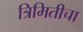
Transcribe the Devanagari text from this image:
त्रिमितीचा